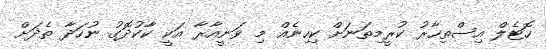
ހޮޓެލް އިސްތިހާރު ކުރީމިތަނަށް ކިހިނެއް މި ވަނީއާރާ އަކީ ކާކުދޮގު ނުހަދާ ތެދަށް